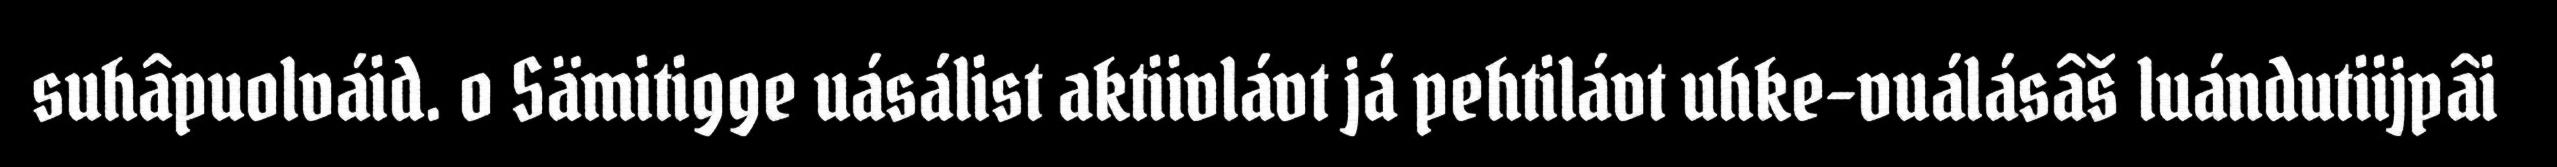
suhâpuolváid. o Sämitigge uásálist aktiivlávt já pehtilávt uhke-vuálásâš luándutiijpâi